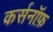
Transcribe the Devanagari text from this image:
कर्सनॉफ़